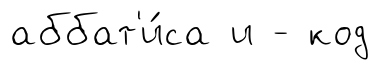
аббат'и́са и - код